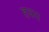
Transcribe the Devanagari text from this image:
हवय